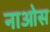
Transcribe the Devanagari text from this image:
नाओस